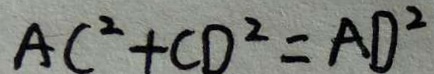
A C ^ { 2 } + C D ^ { 2 } = A D ^ { 2 }